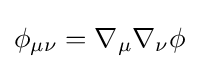
\phi _{\mu \nu }=\nabla _{\mu }\nabla _{\nu }\phi